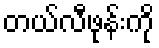
တယ်လီဖုန်းကို